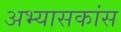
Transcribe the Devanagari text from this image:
अभ्यासकांस